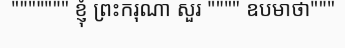
""""""" ខ្ញុំ ព្រះករុណា សួរ """" ឧបមាថា"""